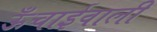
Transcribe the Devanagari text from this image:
ऊँचाईवाली